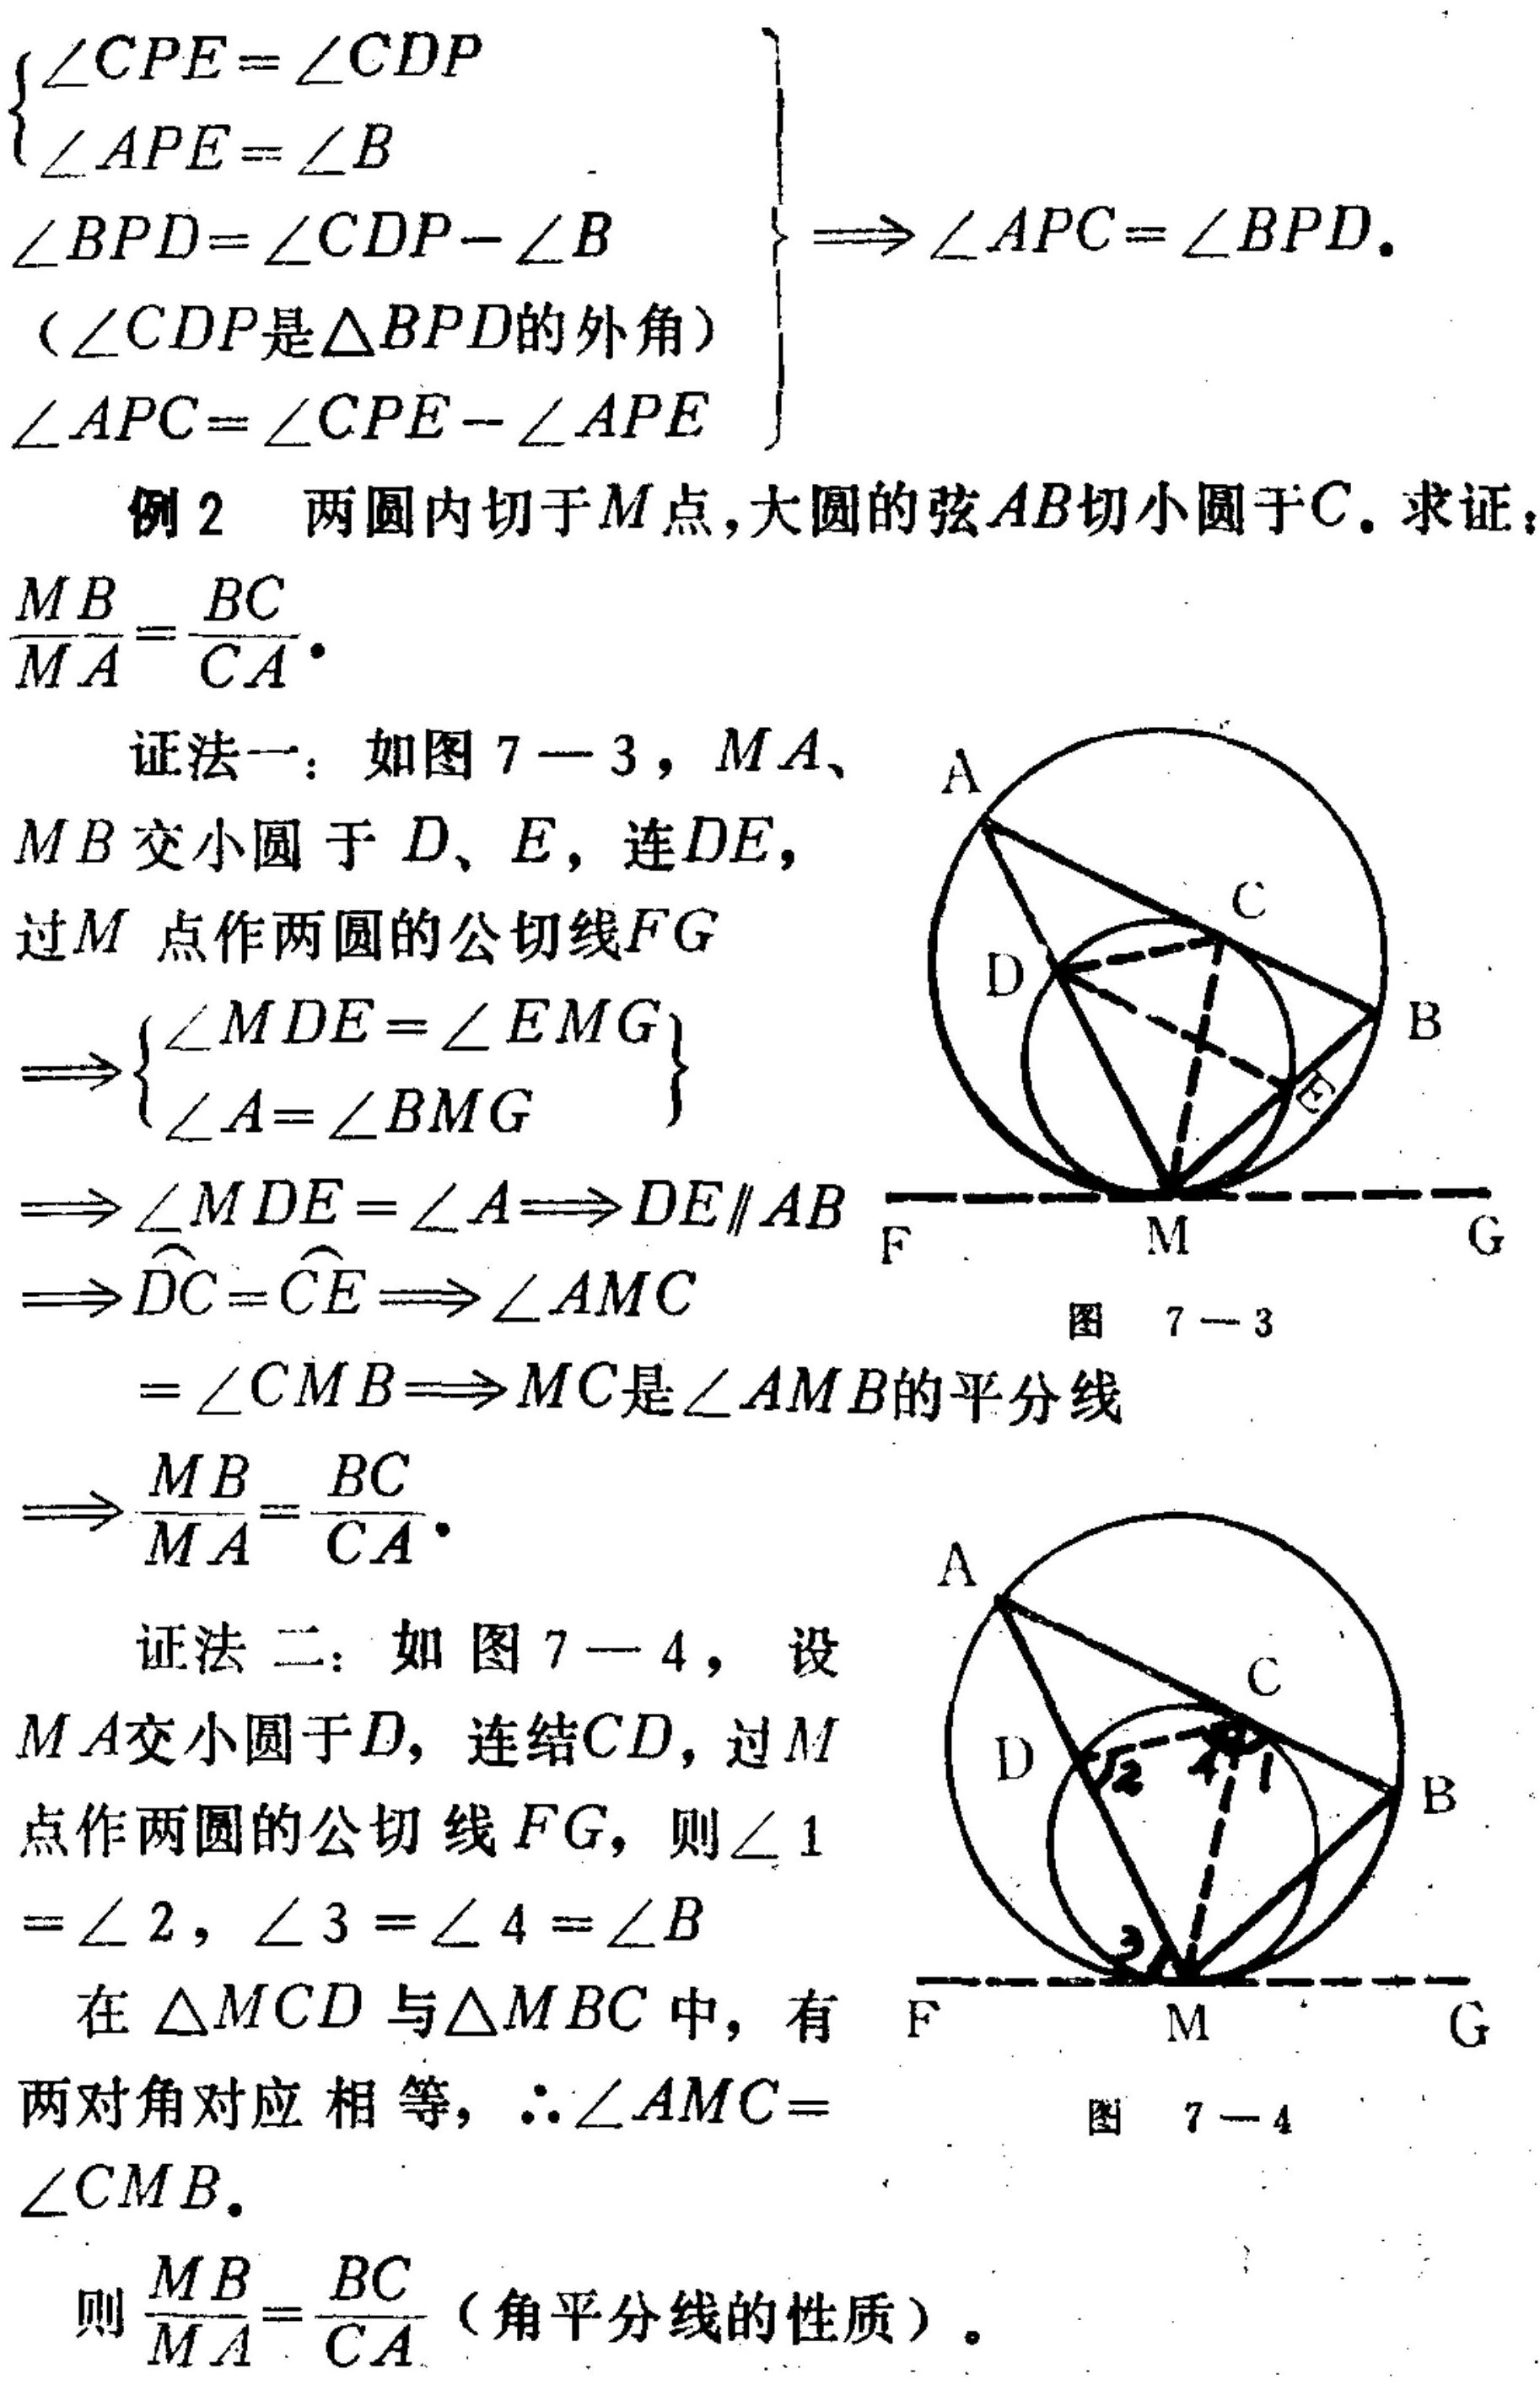
$\left\{
\begin{array}{l}
\angle CPE = \angle CDP\\
\angle APE=\angle B
\end{array}
\right.$
$\left.
\begin{array}{l}
\angle BPD=\angle CDP - \angle B\\
(\angle CDP是\triangle BPD的外角)\\
\angle APC=\angle CPE-\angle APE
\end{array}
\right\}\Rightarrow\angle APC = \angle BPD.$
例2 两圆内切于\(M\)点，大圆的弦\(AB\)切小圆于\(C\). 求证：$\frac{MB}{MA}=\frac{BC}{CA}.$
证法一：如图7 - 3，\(MA\)、\(MB\)交小圆于\(D、E\)，连\(DE\)，过\(M\)点作两圆的公切线\(FG\)
$\Rightarrow\left\{
\begin{array}{l}
\angle MDE=\angle EMG\\
\angle A=\angle BMG
\end{array}
\right\}$
$\Rightarrow\angle MDE=\angle A\Rightarrow DE\parallel AB$
$\Rightarrow\overset{\frown}{DC}=\overset{\frown}{CE}\Rightarrow\angle AMC$
$=\angle CMB\Rightarrow MC是\angle AMB的平分线$
$\Rightarrow\frac{MB}{MA}=\frac{BC}{CA}.$
证法二：如图7 - 4，设\(MA\)交小圆于\(D\)，连结\(CD\)，过\(M\)点作两圆的公切线\(FG\)，则\(\angle 1=\angle 2\)，\(\angle 3 = \angle 4=\angle B\)
在\(\triangle MCD\)与\(\triangle MBC\)中，有两对角对应相等，\(\therefore\angle AMC=\angle CMB.\)
则\(\frac{MB}{MA}=\frac{BC}{CA}\)（角平分线的性质）.